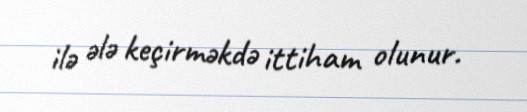
ilə ələ keçirməkdə ittiham olunur.